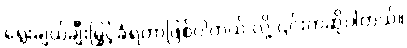
ရွေးချယ်ချီးမြှင့်ခံရတာဖြစ်ပါတယ် လို့ ၎င်းကဆိုပါတယ်။